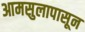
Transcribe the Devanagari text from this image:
आमसुलापासून